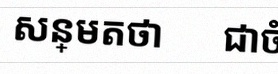
សន្មតថា x ជាចំនួនពិត